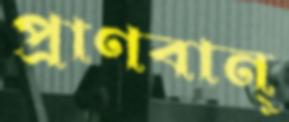
প্রাণবান্‌